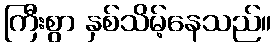
ကြီးစွာ နှစ်သိမ့်နေသည်။